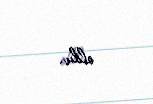
oldu.